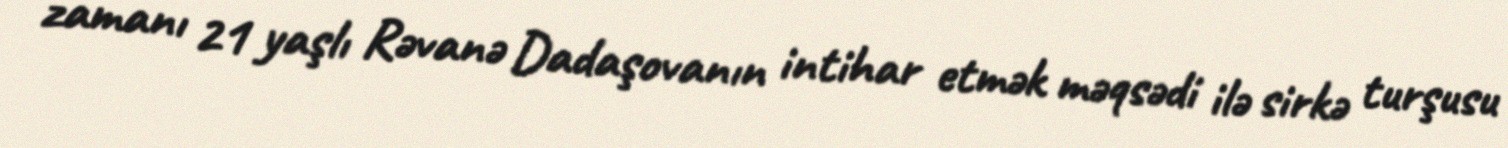
zamanı 21 yaşlı Rəvanə Dadaşovanın intihar etmək məqsədi ilə sirkə turşusu